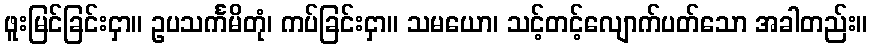
ဖူးမြင်ခြင်းငှာ။ ဥပသင်္ကမိတုံ၊ ကပ်ခြင်းငှာ။ သမယော၊ သင့်တင့်လျောက်ပတ်သော အခါတည်း။